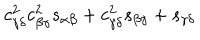
c _ { \gamma \delta } ^ { 2 } c _ { \beta \gamma } ^ { 2 } s _ { \alpha \beta } + c _ { \gamma \delta } ^ { 2 } s _ { \beta \gamma } + s _ { \gamma \delta }